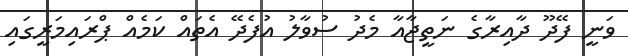
ވަނީ ފޭދޫ ދާއިރާގެ ނަތީޖާއާ މެދު ސުވާލު އުފެދޭ އެތައް ކަމެއް ޕްރައިމަރީގައި